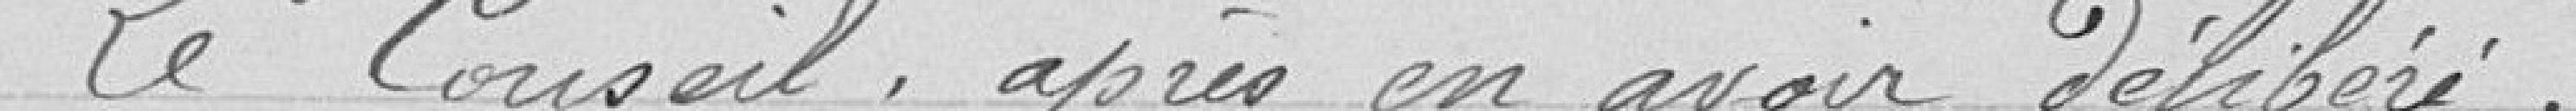
Le Conseil, après en avoir délibéré,